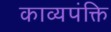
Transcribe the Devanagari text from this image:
काव्यपंक्ति